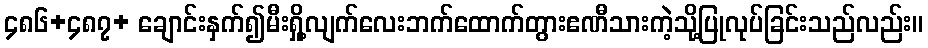
၄၈၆+၄၈၇+ ချောင်းနှက်၍မီးရှို့လျက်လေးဘက်ထောက်တွားဧဏီသားကဲ့သို့ပြုလုပ်ခြင်းသည်လည်း။